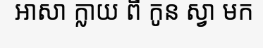
អាសា ក្លាយ ពី កូន ស្វា មក